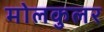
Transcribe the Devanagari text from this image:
मोलकुलर